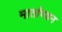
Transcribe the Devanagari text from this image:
मार्ताण्डन